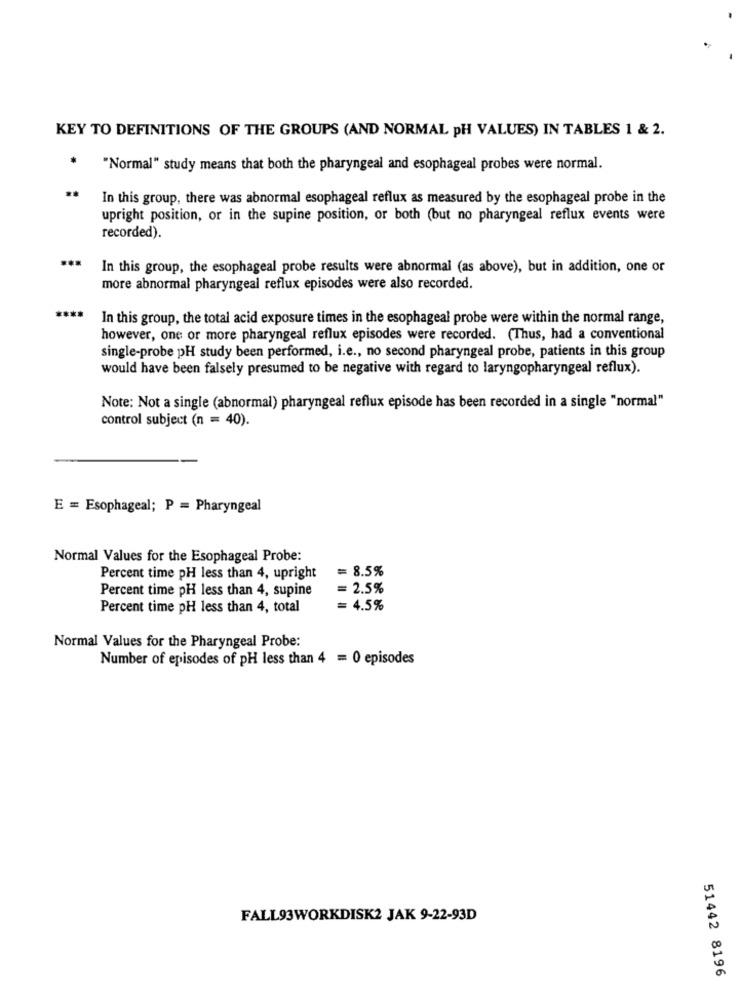
KEY TO DEFINITIONS OF THE GROUPS (AND NORMAL pH VALUES) IN TABLES 1 & 2.
"Normal" study means that both the pharyngeal and esophageal probes were normal.
In this group, there was abnormal esophageal reflux as measured by the esophageal probe in the
upright position, or in the supine position, or both (but no pharyngeal reflux events were
recorded).
In this group, the esophageal probe results were abnormal (as above), but in addition, one or
more abnormal pharyngeal reflux episodes were also recorded.
In this group, the total acid exposure times in the esophageal probe were within the normal range,
however, one or more pharyngeal reflux episodes were recorded. (Thus, had a conventional
single-probe pH study been performed, i.e ., no second pharyngeal probe, patients in this group
would have been falsely presumed to be negative with regard to laryngopharyngeal reflux).
Note: Not a single (abnormal) pharyngeal reflux episode has been recorded in a single "normal"
control subject (n = 40).
E = Esophageal; P = Pharyngeal
Normal Values for the Esophageal Probe:
= 8.5%
Percent time pH less than 4, upright
Percent time pH less than 4, supine
= 2.5%
Percent time pH less than 4, total
= 4.5%
Normal Values for the Pharyngeal Probe:
Number of episodes of pH less than 4 = 0 episodes
FALL93WORKDISK2 JAK 9-22-93D
51442 8196